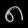
Digit: ၈